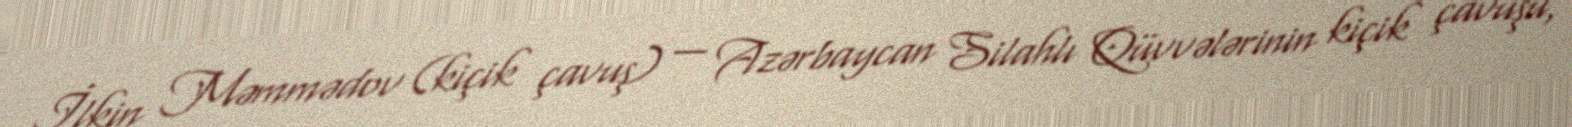
İlkin Məmmədov (kiçik çavuş) — Azərbaycan Silahlı Qüvvələrinin kiçik çavuşu,